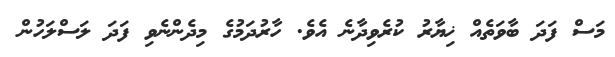
މަސް ފަދަ ބާވަތެއް ޚިޔާރު ކުރެވިދާނެ އެވެ. ހާރުދަމުގެ މިދެންނެވި ފަދަ ލަސްލަހުން